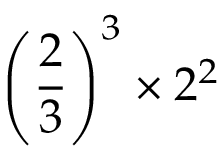
\left( { \frac { 2 } { 3 } } \right) ^ { 3 } \times 2 ^ { 2 }